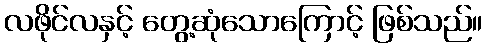
လဖိုင်လနှင့် တွေ့ဆုံသောကြောင့် ဖြစ်သည်။